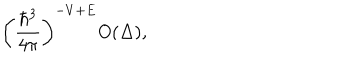
\left( { \frac { \hbar ^ { 3 } } { 4 \pi } } \right) ^ { - V + E } O ( \Delta ) ,